Annual administration report of the Civil Veterinary Department, Ajmere-Merwara, British Rajputana - 1914-1940
Year: 1914
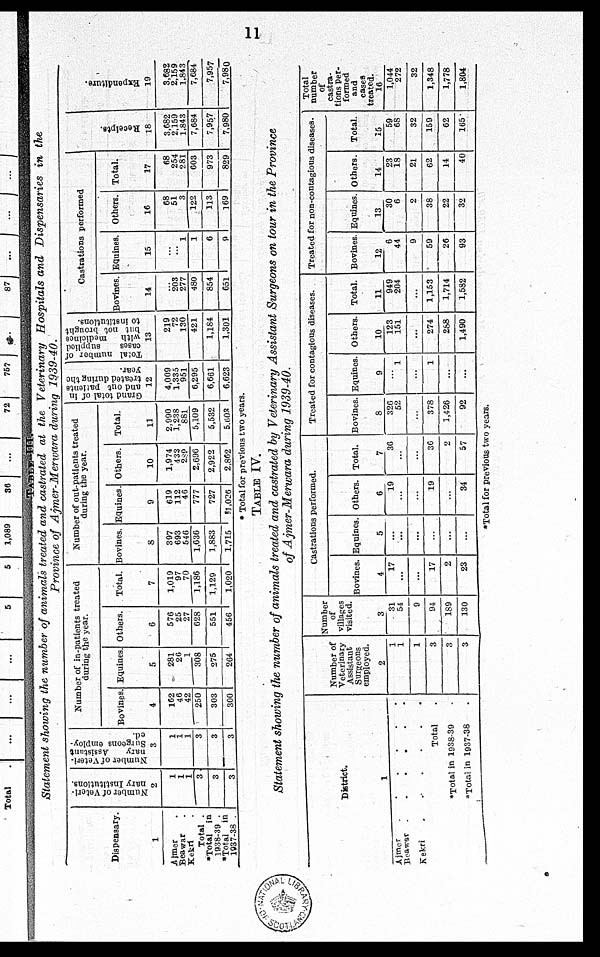
11
TABLE-III
Statement showing the number of animals treated and castrated at the Veterinary Hospitals and Dispensaries in the
Province of Ajmer-Merwara during 1939-40.
Dispensary.
1
Ajmer .
Beawar .
Kekri .
Total .
*Total in
1938-39 .
*Total in
1937-38 .
Number of Veteri-
nary Institutions.
2
1
1
1
3
3
3
Number of Veteri-
nary
Assistant
Surgeons employ-
ed.
3
1
1
1
3
3
3
Number of in-patients treated
during the year.
Bovines.
4
162
46
42
250
303
300
Equines.
5
281
20
1
308
275
264
Others.
6
576
25
27
628
551
456
Total.
7
1,019
97
70
1,186
1,129
1,020
Number of out-patients treated
during the year.
Boyines.
8
397
693
546
1,636
1,883
1,715
Equines.
9
619
112
46
777
727
51,026
Others.
10
1,974
433
289
2,696
2,922
2,862
Total.
11
2,990
1,238
881
5,109
5,532
5,603
Grand total of in
and out patients
treated during the
year.
12
4,009
1,335
951
6,295
6,661
6,623
Total number of
cases
supplied
with
medicines
but not brought
to institutions.
13
219
72
130
421
1,184
1,301
Castrations performed
Bovines.
14
...
203
277
480
854
651
Equines.
15
...
... 1
1
6
9
Others.
16
68
51
3
122
113
169
Total.
17
68
254
281
603
973
829
Receipts.
18
3,682
2,159
1,843
7,684
7,957
7,980
Expenditure.
19
3,682
2,159
1,843
7,684
7,957
7,980
* Total for previous two years.
TABLE IV.
Statement showing the number of animals treated and castrated by Veterinary Assistant Surgeons on tour in the Province
of Ajmer-Merwara during 1939-40.
District
1
Ajmer . . . . . .
Beawar .
.
.
.
.
.
Kekri . . . . . .
Total .
*Total in 1938-39 .
*Total in 1937-38 .
Number of
Veterinary
Assistant
Surgeons
employed.
2
1
1
1
3
3
3
Number
of
villages
visited.
3
31
54
9
94
189
130
Castrations Performed.
Bovines.
4
17
...
...
17
2
23
Equines.
5
...
...
...
...
...
...
Others.
6
19
...
...
19
...
34
Total.
7
36
...
...
36
2
57
Treated for contagious diseases.
Bovines.
8
326
52
...
378
1,426
92
Equines.
9
... 1
...
1
...
...
Others.
10
123
151
...
274
288
1,490
Total.
11
949
204
...
1,153
1,714
1,582
Treated for non-contagious diseases.
Bovines.
12
6
44
9
59
26
93
Equines.
13
30
6
2
38
22
32
Others.
14
23
18
21
62
14
40
Total.
15
59
68
32
159
62
165
Total
number
of
castra-
tions Per-
formed
and
cases
treated.
16
1,044
272
32
1,348
1,778
1,804
*Total for previous two years.